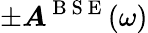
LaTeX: \pm\boldsymbol{A}^{\mathrm{~B~S~E~}}(\omega)